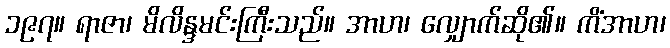
၁၉၇။ ရာဇာ၊ မိလိန္ဒမင်းကြီးသည်။ အာဟ၊ လျှောက်ဆို၏။ ကိံအာဟ၊